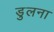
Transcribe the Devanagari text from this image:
डुलना